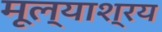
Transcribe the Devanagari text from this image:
मूल्याश्रय